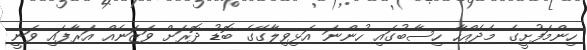
ހިންމަފުށީގެ މެދެއްހާ ހިސާބުގައި ހުންނަ އަޅިވިލާގޭގެ ބޮޑު ދޮރަށް ވަޒަނެއް އަރާފައި ވަނީ